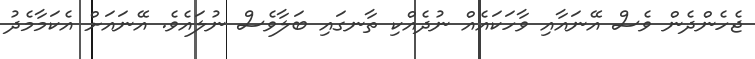
ޖެހެންދެން ވެސް އޭނައާއި ވާހަކައެއް ނުދެއްކި ތާނގައި ބަލާވެސް ނުލައެވެ. އޭނައަށް އެކަމާމެދު